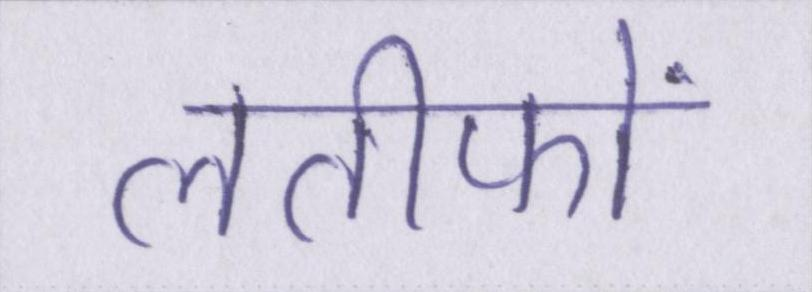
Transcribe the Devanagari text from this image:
लतीफों